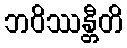
ဘဝိဿန္တီတိ